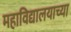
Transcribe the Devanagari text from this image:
महाविद्यालयाच्‍या